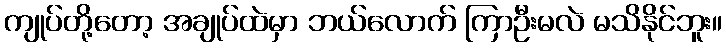
ကျုပ်တို့တော့ အချုပ်ထဲမှာ ဘယ်လောက် ကြာဦးမလဲ မသိနိုင်ဘူး။